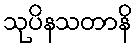
သုပိနသတာနိ